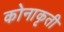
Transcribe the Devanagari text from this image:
कोनाकृती